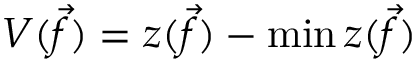
V ( \vec { f } ) = z ( \vec { f } ) - \operatorname* { m i n } z ( \vec { f } )